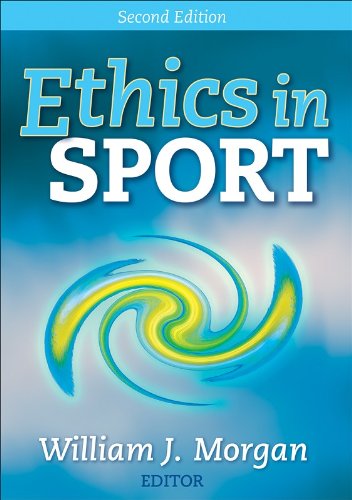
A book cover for Ethics in Sport - 2nd Edition; William Morgan; Medical Books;